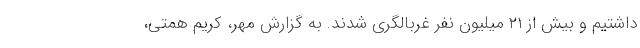
داشتیم و بیش از ۲۱ میلیون نفر غربالگری شدند. به گزارش مهر، کریم همتی،